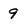
Character: 9